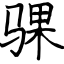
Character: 骒